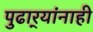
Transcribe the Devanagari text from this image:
पुढार्‍यांनाही